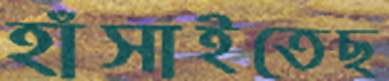
হাঁসাইতেছ